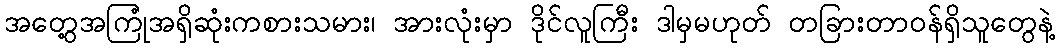
အတွေ့အကြုံအရှိဆုံးကစားသမား၊ အားလုံးမှာ ဒိုင်လူကြီး ဒါမှမဟုတ် တခြားတာဝန်ရှိသူတွေနဲ့